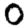
Digit: 0